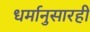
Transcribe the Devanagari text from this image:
धर्मानुसारही